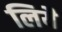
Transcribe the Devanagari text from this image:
लियै